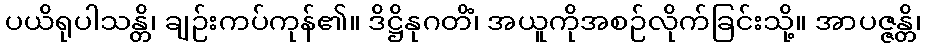
ပယိရုပါသန္တိ၊ ချဉ်းကပ်ကုန်၏။ ဒိဋ္ဌိနုဂတိံ၊ အယူကိုအစဉ်လိုက်ခြင်းသို့။ အာပဇ္ဇန္တိ၊